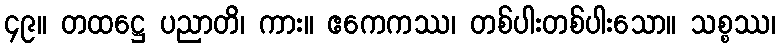
၄၉။ တထဋ္ဌေ ပညာတိ၊ ကား။ ဧကေကဿ၊ တစ်ပါးတစ်ပါးသော။ သစ္စဿ၊